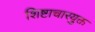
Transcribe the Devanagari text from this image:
शिष्टाचारयुक्त